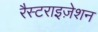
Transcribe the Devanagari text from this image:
रैस्टराइज़ेशन